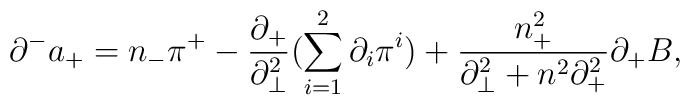
{\partial}^-a_+=n_-{\pi}^+-\frac{{\partial}_+}{{\partial}_{\bot}^2}(\sum_{i=1}^2{\partial}_i{\pi}^i)+\frac{n_+^2}{{\partial}_{\bot}^2+n^2{\partial}_+^2}{\partial}_+B,